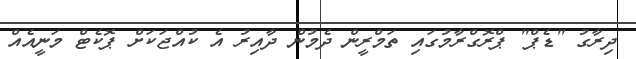
ދިރާގު "ޑެޕް" ޕްރޮގްރާމުގައި ތަމްރީން ދެމުން ދާއިރު އެ ކުއްޖަކަށް ޕޮކެޓް މަނީއެއް